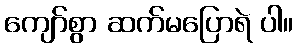
ကျော်စွာ ဆက်မပြောရဲ ပါ။